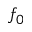
f _ { 0 }